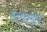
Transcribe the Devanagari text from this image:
स्‍तरांवरील